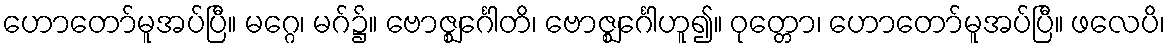
ဟောတော်မူအပ်ပြီ။ မဂ္ဂေ၊ မဂ်၌။ ဗောဇ္ဈင်္ဂေါတိ၊ ဗောဇ္ဈင်္ဂေါဟူ၍။ ဝုတ္တော၊ ဟောတော်မူအပ်ပြီ။ ဖလေပိ၊